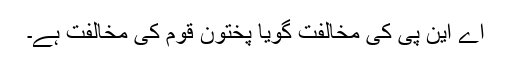
اے این پی کی مخالفت گویا پختون قوم کی مخالفت ہے۔